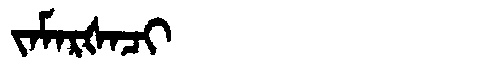
Manchu: ᠵᠠᠮᠠᡵᡧᠠᠴᡳ
Romanization: JAMARŠACI